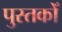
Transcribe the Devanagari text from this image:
पुस्तकोँ